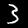
Digit: 3